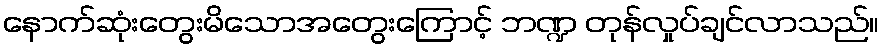
နောက်ဆုံးတွေးမိသောအတွေးကြောင့် ဘဏ္ဍ တုန်လှုပ်ချင်လာသည်။